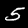
Label: 5